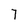
Character: 7